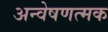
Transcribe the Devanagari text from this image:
अन्वेषणत्मक